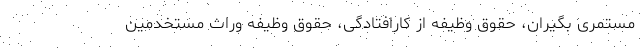
مستمری بگیران، حقوق وظیفه از کارافتادگی، حقوق وظیفه وراث مستخدمین